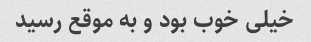
خیلی خوب بود و به موقع رسید